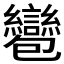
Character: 𧮌